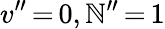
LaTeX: v^{\prime\prime}\, {=}\, 0,\mathbb{N}^{\prime\prime}\, {=}\, 1